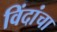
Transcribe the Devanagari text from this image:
विंदांचा